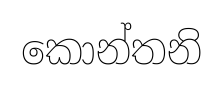
කොන්තනි